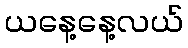
ယနေ့နေ့လယ်